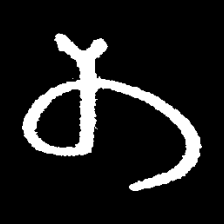
Pyu character \u2014 Myanmar letter: တ (romanized: ta)